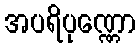
အပရိပုဏ္ဏော